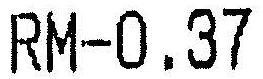
RM-0.37